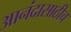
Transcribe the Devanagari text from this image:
आनंदासाठीच